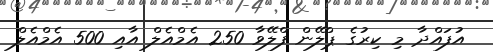
އުފައްދާ މި ކިރުގެ ޕްލޭން ފްލޭވާ 250 އެމްއެލް އާއި 500 އެމްއެލް